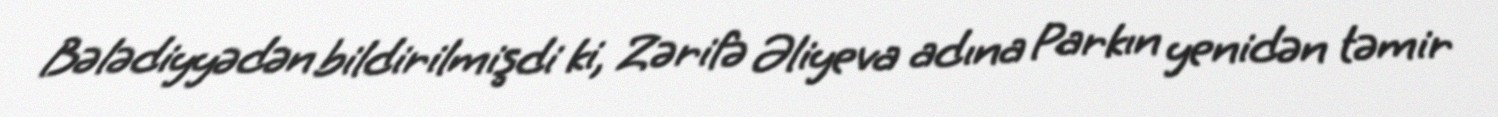
Bələdiyyədən bildirilmişdi ki, Zərifə Əliyeva adına Parkın yenidən təmir